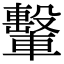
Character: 轚